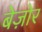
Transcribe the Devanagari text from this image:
बेज़ोर